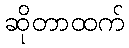
ဆိုတာထက်